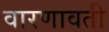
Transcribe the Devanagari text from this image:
वारणावती